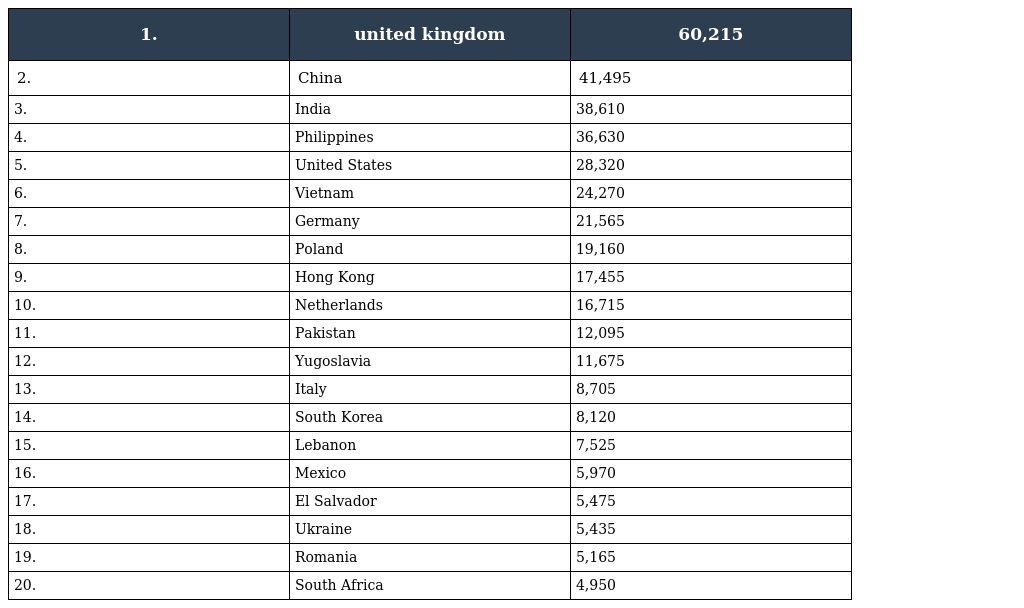
| 1. | united kingdom | 60,215 |
 | --- | --- | --- |
 | 2. | China | 41,495 |
 | 3. | India | 38,610 |
 | 4. | Philippines | 36,630 |
 | 5. | United States | 28,320 |
 | 6. | Vietnam | 24,270 |
 | 7. | Germany | 21,565 |
 | 8. | Poland | 19,160 |
 | 9. | Hong Kong | 17,455 |
 | 10. | Netherlands | 16,715 |
 | 11. | Pakistan | 12,095 |
 | 12. | Yugoslavia | 11,675 |
 | 13. | Italy | 8,705 |
 | 14. | South Korea | 8,120 |
 | 15. | Lebanon | 7,525 |
 | 16. | Mexico | 5,970 |
 | 17. | El Salvador | 5,475 |
 | 18. | Ukraine | 5,435 |
 | 19. | Romania | 5,165 |
 | 20. | South Africa | 4,950 |